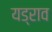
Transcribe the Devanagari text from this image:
यड्राव